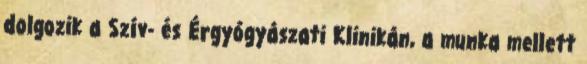
dolgozik a Szív- és Érgyógyászati Klinikán, a munka mellett